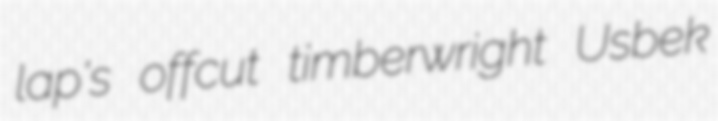
lap's offcut timberwright Usbek